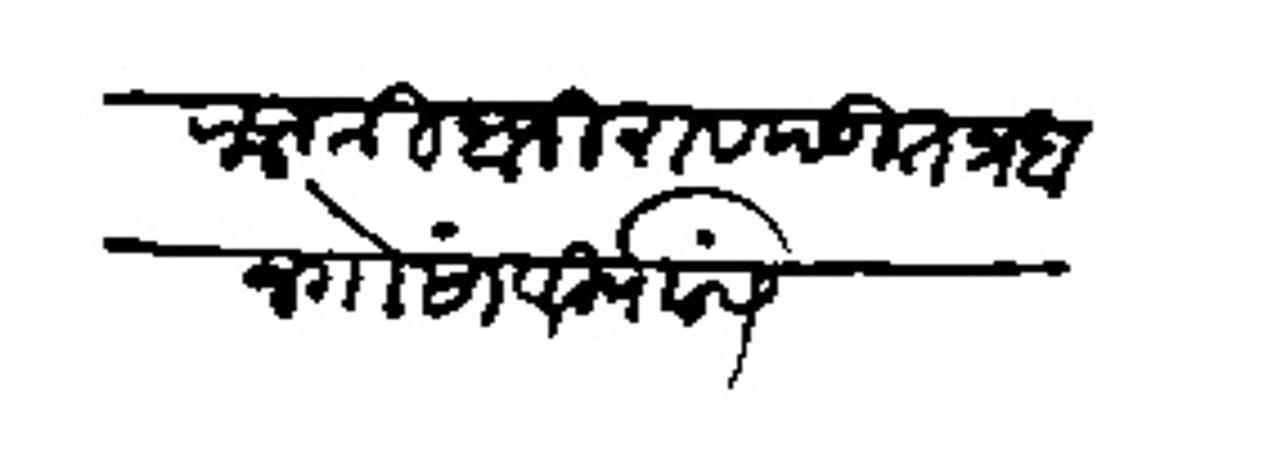
Transliteration (Devanagari): राजश्री बाजीराव पंडित प्रधान गोसांवी यांसी